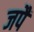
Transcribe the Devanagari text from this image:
जपैं